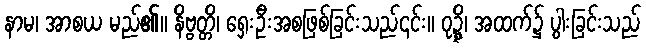
နာမ၊ အာစယ မည်၏။ နိဗ္ဗတ္တိ၊ ရှေးဦးအစဖြစ်ခြင်းသည်၎င်း။ ဝုဍ္ဍ္ဎိ၊ အထက်၌ ပွါးခြင်းသည်